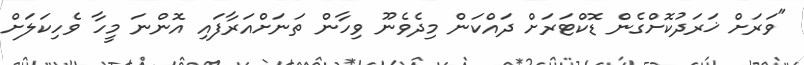
"ވަރަށް ޚަރަދުކޮށްގެން ޑޮކްޓަރަށް ދައްކަން މިދެވެނޫ ވިހާން ތަނަށްއަރާފައި އޮންނަ މީހާ ވެހިކަލަށް